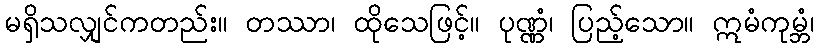
မရှိသလျှင်ကတည်း။ တဿာ၊ ထိုသေဖြင့်။ ပုဏ္ဏံ၊ ပြည့်သော။ ဣမံကုမ္ဘံ၊